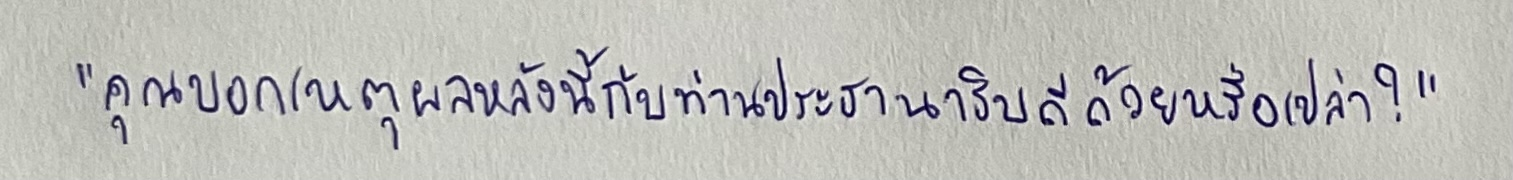
"คุณบอกเหตุผลหลังนี้กับท่านประธานาธิบดีด้วยหรือเปล่า?"